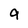
Character: 9